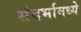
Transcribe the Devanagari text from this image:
संदर्भामध्ये